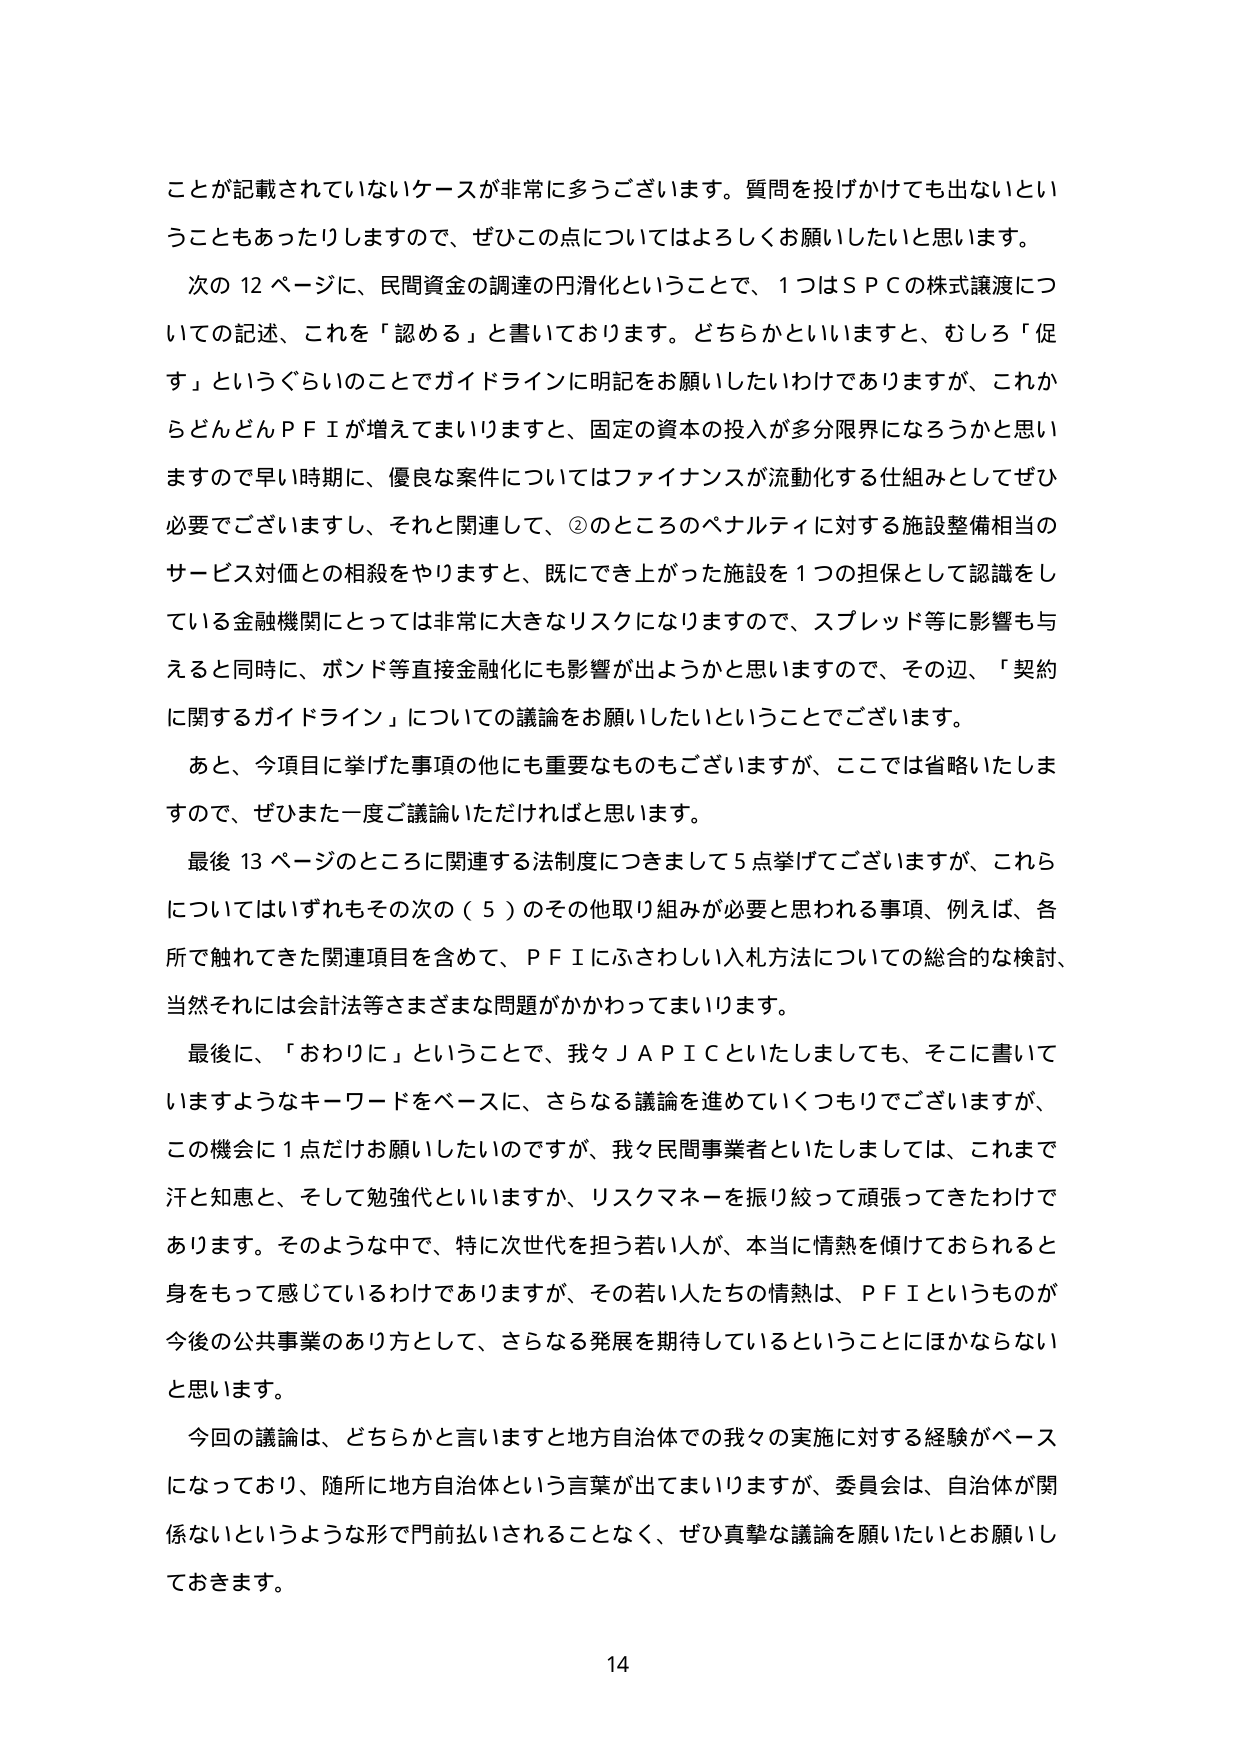
ことが記載されていないケースが非常に多うございます。質問を投げかけても出ないということもあったりしますので、ぜひこの点についてはよろしくお願いしたいと思います。

次の12ページに、民間資金の調達の円滑化ということで、1つはＳＰＣの株式譲渡についての記述、これを「認める」と書いております。どちらかといいますと、むしろ「促す」というぐらいのことでガイドラインに明記をお願いしたいわけでありますが、これからどんどんＰＦＩが増えてまいりますと、固定の資本の投入が多分限界になろうかと思いますので早い時期に、優良な案件についてはファイナンスが流動化する仕組みとしてぜひ必要でございますし、それと関連して、②のところのペナルティに対する施設整備相当のサービス対価との相殺をやりますと、既にでき上がった施設を1つの担保として認識をしている金融機関にとっては非常に大きなリスクになりますので、スプレッド等に影響も与えると同時に、ボンド等直接金融化にも影響が出ようかと思いますので、その辺、「契約に関するガイドライン」についての議論をお願いしたいということでございます。

あと、今項目に挙げた事項の他にも重要なものもございますが、ここでは省略いたしますので、ぜひまた一度ご議論いただければと思います。

最後13ページのところに関連する法制度につきまして5点挙げてございますが、これらについてはいずれもその次の（5）のその他取り組みが必要と思われる事項、例えば、各所で触れてきた関連項目を含めて、ＰＦＩにふさわしい入札方法についての総合的な検討、当然それには会計法等さまざまな問題がかかわってまいります。

最後に、「おわりに」ということで、我々ＪＡＰＩＣといたしましても、そこに書いていますようなキーワードをベースに、さらなる議論を進めていくつもりでございますが、この機会に1点だけお願いしたいのですが、我々民間事業者といたしましては、これまで汗と知恵と、そして勉強代といいますか、リスクマネーを振り絞って頑張ってきたわけであります。そのような中で、特に次世代を担う若い人が、本当に情熱を傾けておられると身をもって感じているわけでありますが、その若い人たちの情熱は、ＰＦＩというものが今後の公共事業のあり方として、さらなる発展を期待しているということにほかならないと思います。

今回の議論は、どちらかと言いますと地方自治体での我々の実施に対する経験がベースになっており、随所に地方自治体という言葉が出てまいりますが、委員会は、自治体が関係ないというような形で門前払いされることなく、ぜひ真摯な議論を願いたいとお願いしておきます。

14